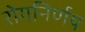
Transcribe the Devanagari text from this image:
रोगनिर्णय